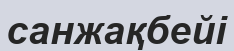
санжақбейі